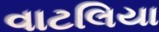
વાટલિયા